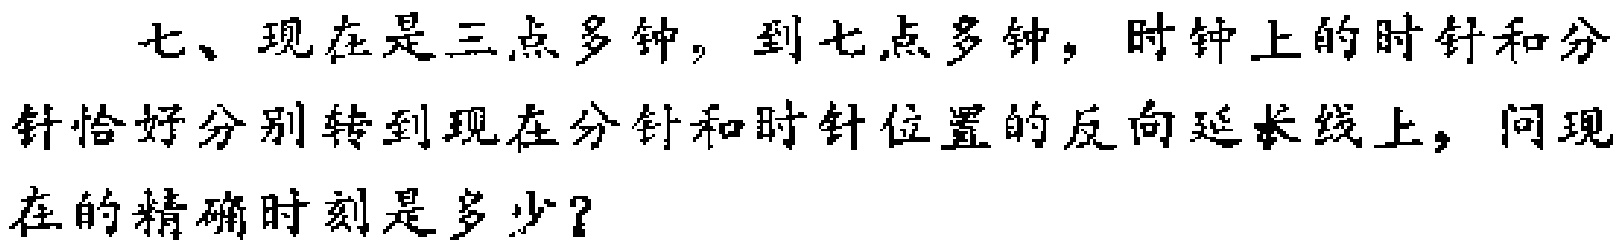
七、现在是三点多钟，到七点多钟，时钟上的时针和分针恰好分别转到现在分针和时针位置的反向延长线上，问现在的精确时刻是多少？